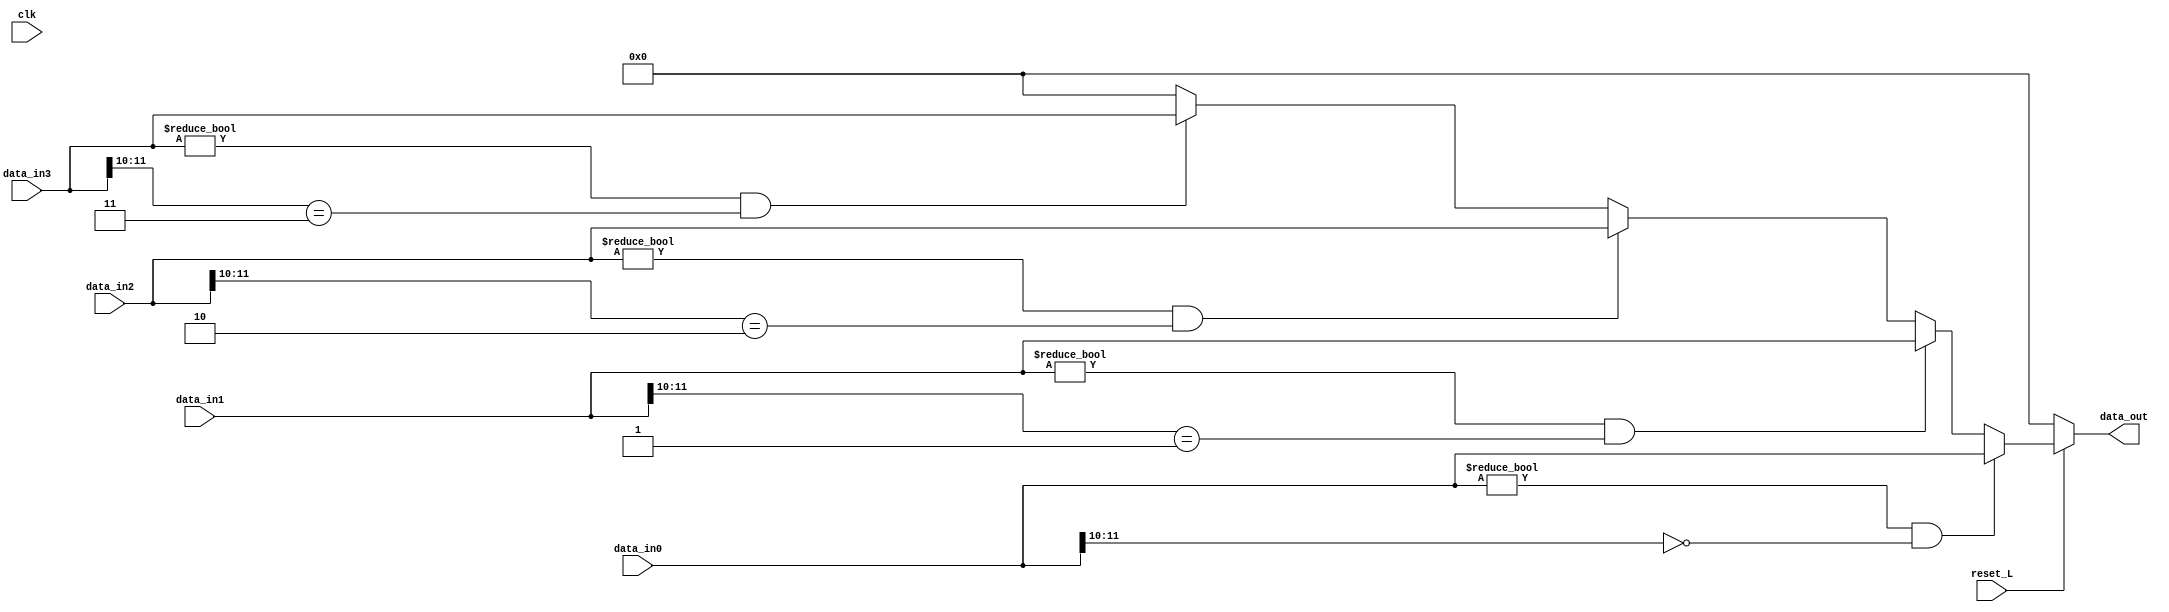

module mux
(
	input wire reset_L,
	input wire clk,
	input wire [11:0] data_in0, data_in1, data_in2, data_in3,
	output  reg [11:0] data_out
);
	always @ (*)
	begin
		data_out = 0;
		if (reset_L == 0) begin
			data_out = 0;
		end else begin
			if (data_in0 != 0 && data_in0[11:10] == 0) begin
				data_out = data_in0;
			end else
			if (data_in1 != 0 && data_in1[11:10] == 1) begin
				data_out = data_in1;

			end else
			if (data_in2 != 0 && data_in2[11:10] == 2) begin
				data_out = data_in2;

			end else
			if (data_in3 != 0 && data_in3[11:10] == 3) begin
				data_out = data_in3;
			end
		end
	end
endmodule